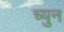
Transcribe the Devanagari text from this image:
च्युन